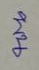
บน